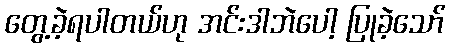
တွေ့ခဲ့ရပါတယ်ဟု အင်းဒါဘဲပေါ့ ပြုခဲ့သော်